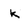
Character: k